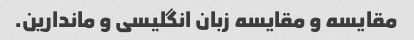
مقایسه و مقایسه زبان انگلیسی و ماندارین.